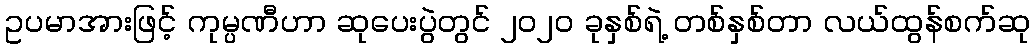
ဥပမာအားဖြင့် ကုမ္ပဏီဟာ ဆုပေးပွဲတွင် ၂၀၂၀ ခုနှစ်ရဲ့ တစ်နှစ်တာ လယ်ထွန်စက်ဆု